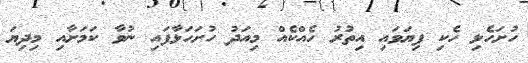
ހުށަހެޅި ހެކި ފިޔަވައި އިތުރު ހެއްކެއް މިއަދު ހުށަހަޅާފައި ނުވާ ކަމަށާއި މިދިޔަ